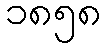
၁၈၅၈